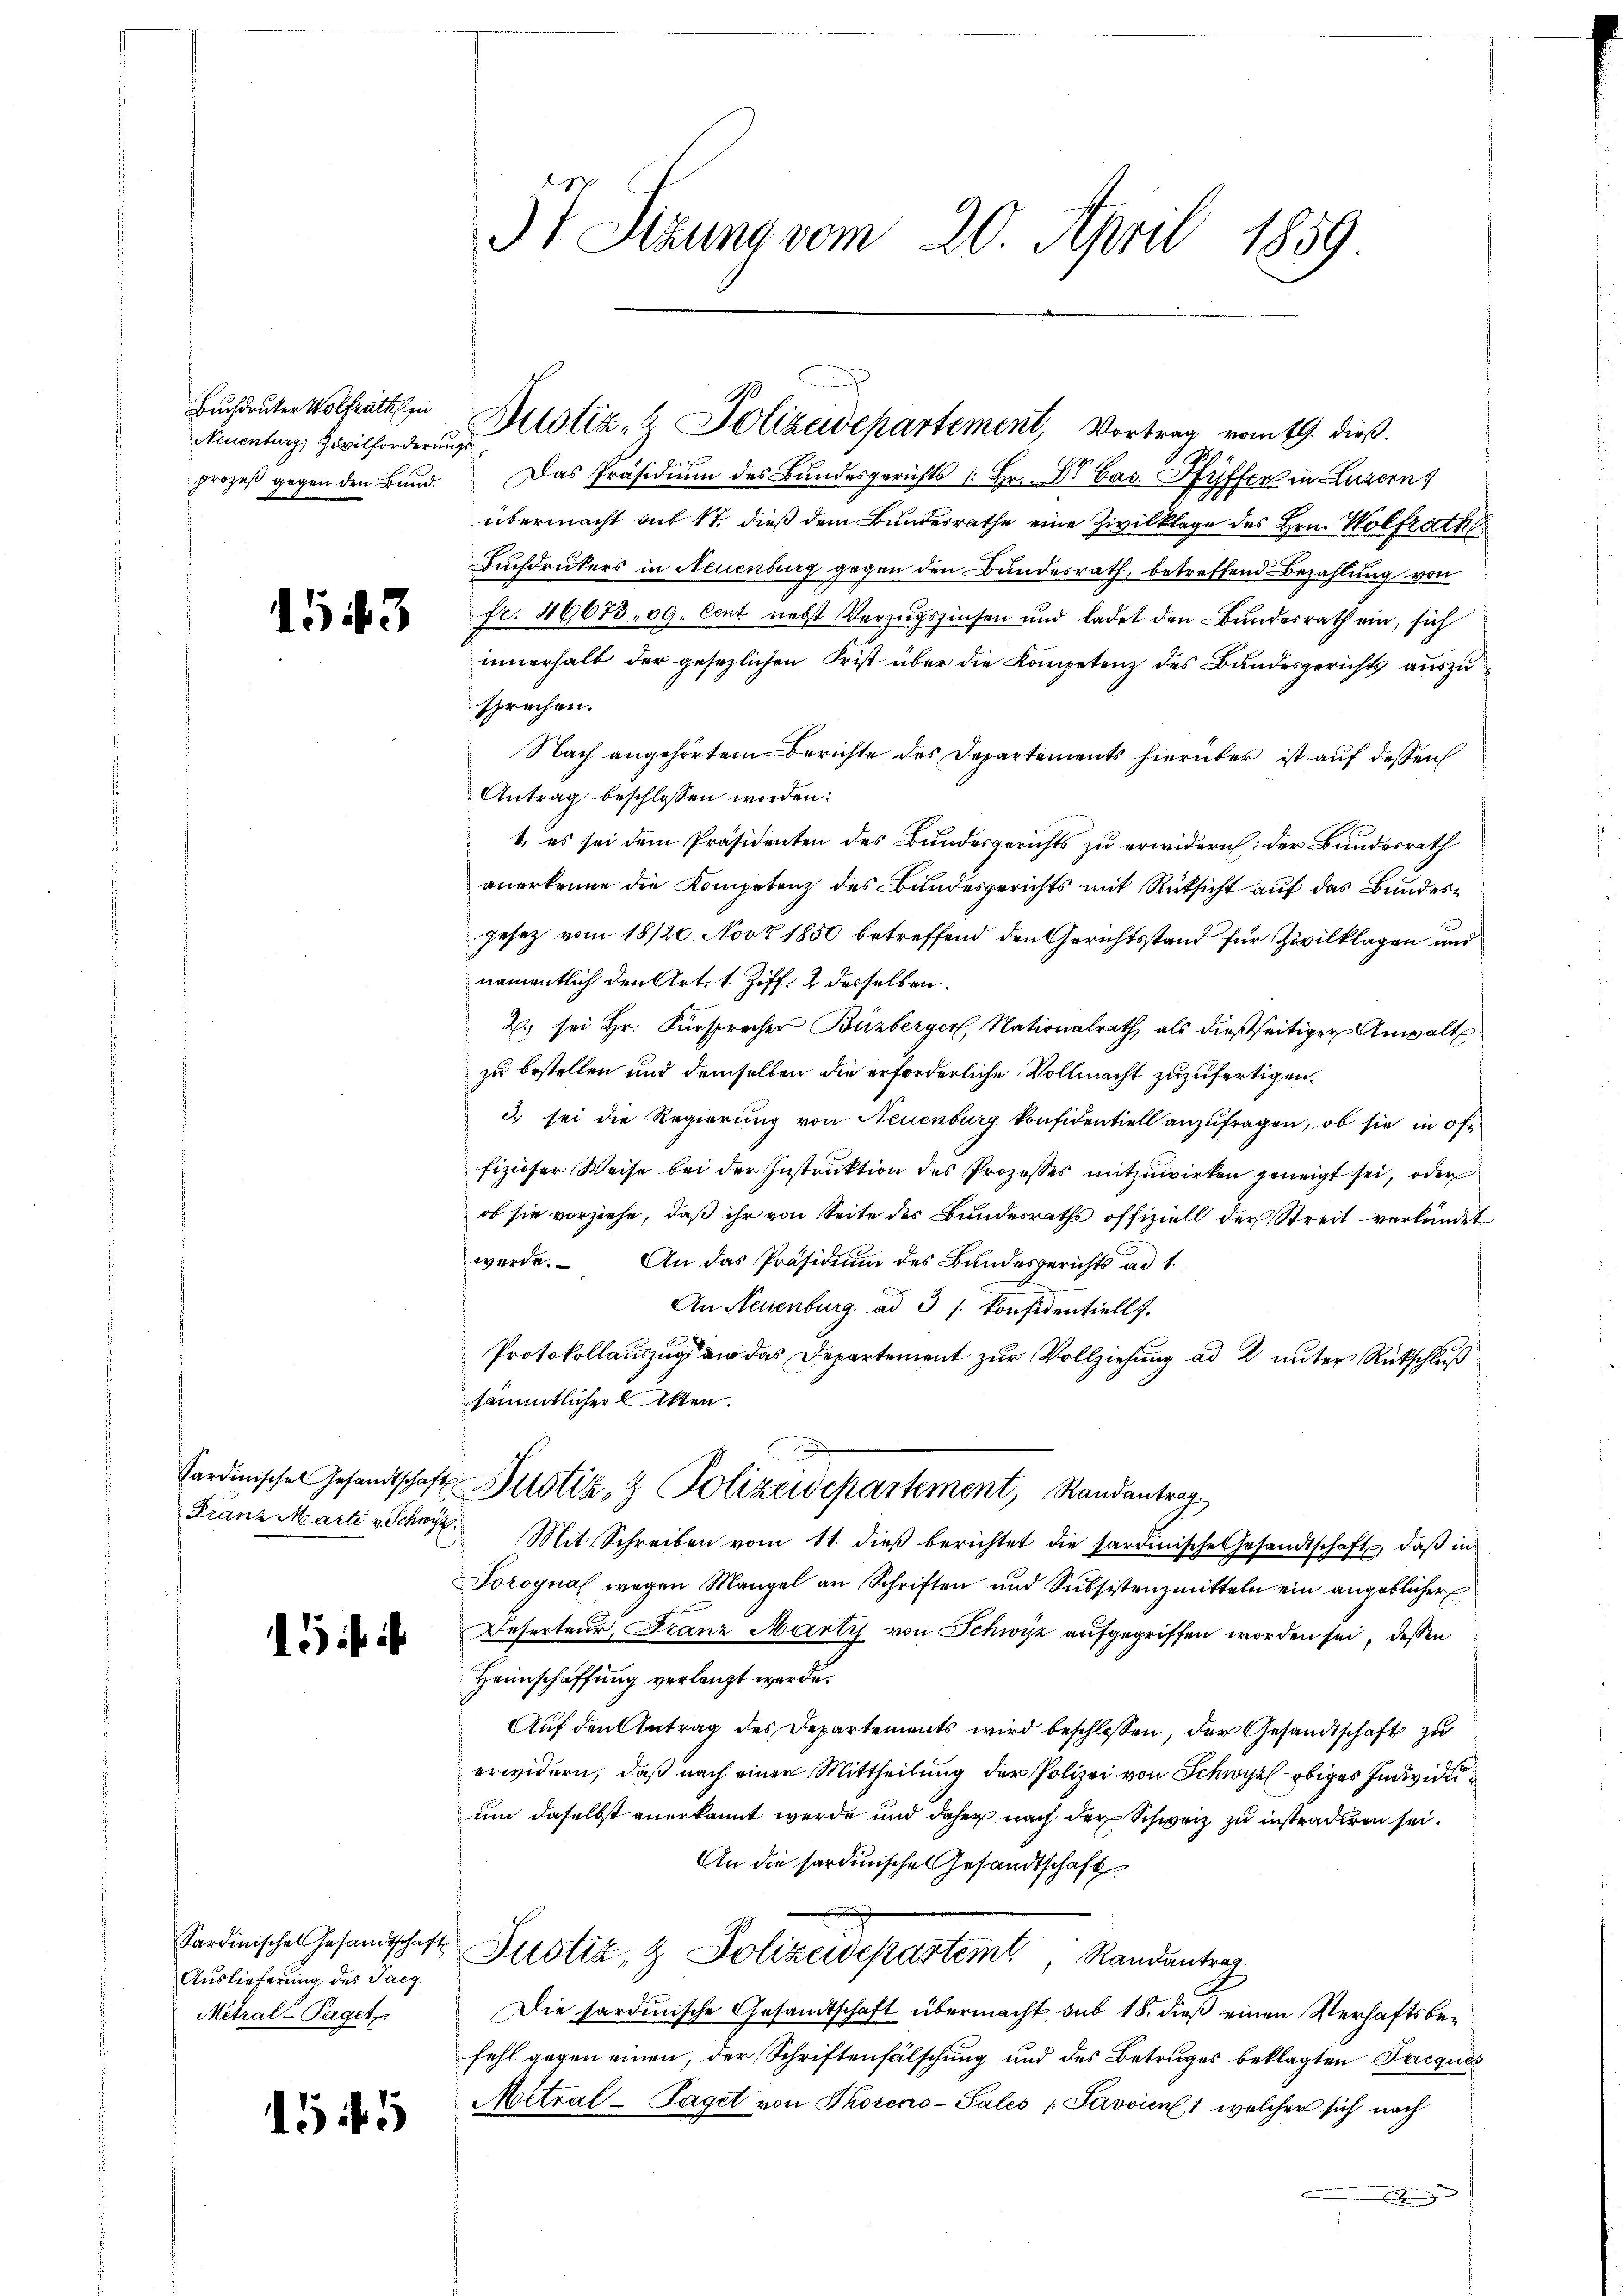
Buchdrucker Wolfrath in
Neuenburg, Zivilforderungsprozeß gegen den Bund.

1543

15

Auslieferung des Tacg.
Metral-Taget

1545

5 t Serung vom 20. April 1859

29.
Das Präsidium des Bundesgerichts (Hr. Dr. Cas. Ryffer in Luzern
übermacht aus St. dieß dem Bundesrathe eine Zivilklage des Hrn. Wolfrath
Buchdruckers in Neuenburg gegen den Bundesrath, betreffend Bezahlung von
fr. 46673. 09. Cent nebst Verzugszinsen und ladet den Bundesrath ein, sich
innerhalb der gesezlichen Frist über die Kompetenz des Bundesgerichts auszusprechen.
Nach angehörtem Berichte des Departements hierüber ist auf dessen
Antrag beschlossen worden:
1, es sei dem Präsidenten des Bundesgerichts zu erwidern: der Bundesrath
anerkenne die Kompetenz des Bundesgerichts mit Rücksicht auf das Bundesgesez vom 18/20. Nov 1850 betreffend den Gerichtsstand für Zivilklagen und
namentlich den Art. 1. Ziff. 2 desselben.
2. sei Hr. Fürsprecher Buzberger, Nationalrath als dießseitiger Anwalt
zu bestellen und demselben die erforderliche Vollmacht zuzufertigen.
d. sei die Regierung von Neuenburg konfidentiell anzufragen, ob sie in öffizioser Weise bei der Instruktion des Prozesses mitzuwirken geneigt sei, oder
ob sie vorziehe, daß ihr von Seite des Bundesraths offiziell der Streit verkündet
werde. An das Präsidium des Bundesgerichts ad 1.
An Neuenburg ad 3 |: konfidentiell.
Protokollauszug der das Departement zur Vollziehung ad 2. unter Rückschluß
sämmtlicher Akten.
Sardinischen Gesandtschaft Zustiz- & Polizeidepartement, Randantrag
Franz Marti v Schwyz. Mit Schreiben vom 11. dieβ berichtet die sardinische Gesandtschaft, daß in
Torognal wegen Mangel an Schriften und Subsistenzmitteln ein angeblicher
Deserteur, Franz Martis von Schwyz aufgegriffen worden sei, dessen
Heimschaffung verlangt werde.
Auf den Antrag des Departements wird beschlossen, der Gesandtschaft zu
erwidern, daß nach einer Mittheilung der Polizei von Schwyz obiges Individu
um daselbst anerkannt werde und daher nach der Schweiz zu instradiren sei.
An die sardinisches Gesandtschaft
Sardinischen Gesandtschäfts Justiz & Polizeidepartemt, Randantrag
Die sardinische Gesandtschaft übermacht, sub 18. dieß einen Verhaftsbefehl gegen einen, der Schriftenfälschung und des Betruges beklagten Jacques
Metral-Taget von Thoreno-Sales „Pavvien 1, welcher sich nach
Eihung

Dustiz- & Polizeidepartement, Vortrag vom 19. dieß.